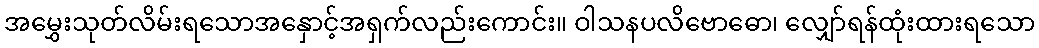
အမွှေးသုတ်လိမ်းရသောအနှောင့်အရှက်လည်းကောင်း။ ဝါသနပလိဗောဓော၊ လျှော်ရန်ထုံးထားရသော